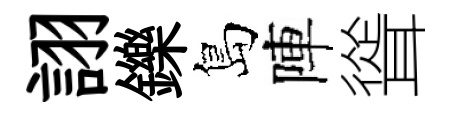
詡鑠島陣聳